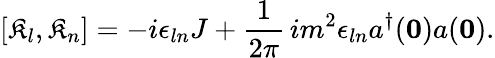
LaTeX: [\mathfrak{K}_{l},\mathfrak{K}_{n}]=-i\epsilon_{ln}J+\frac{{1}}{{2\pi}}\, im^{2}\epsilon_{ln}a^{\dagger}({\mathbf{0}})a({\mathbf{0}}).